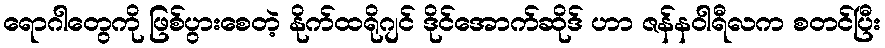
ရောဂါတွေကို ဖြစ်ပွားစေတဲ့ နိုက်ထရိုဂျင် ဒိုင်အောက်ဆိုဒ် ဟာ ဇန်နဝါရီလက စတင်ပြီး